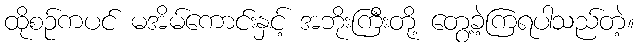
ထိုစဉ်ကပင် မအိမ်ကောင်းနှင့် အဘိုးကြီးတို့ တွေ့ခဲ့ကြရပါသည်တဲ့။